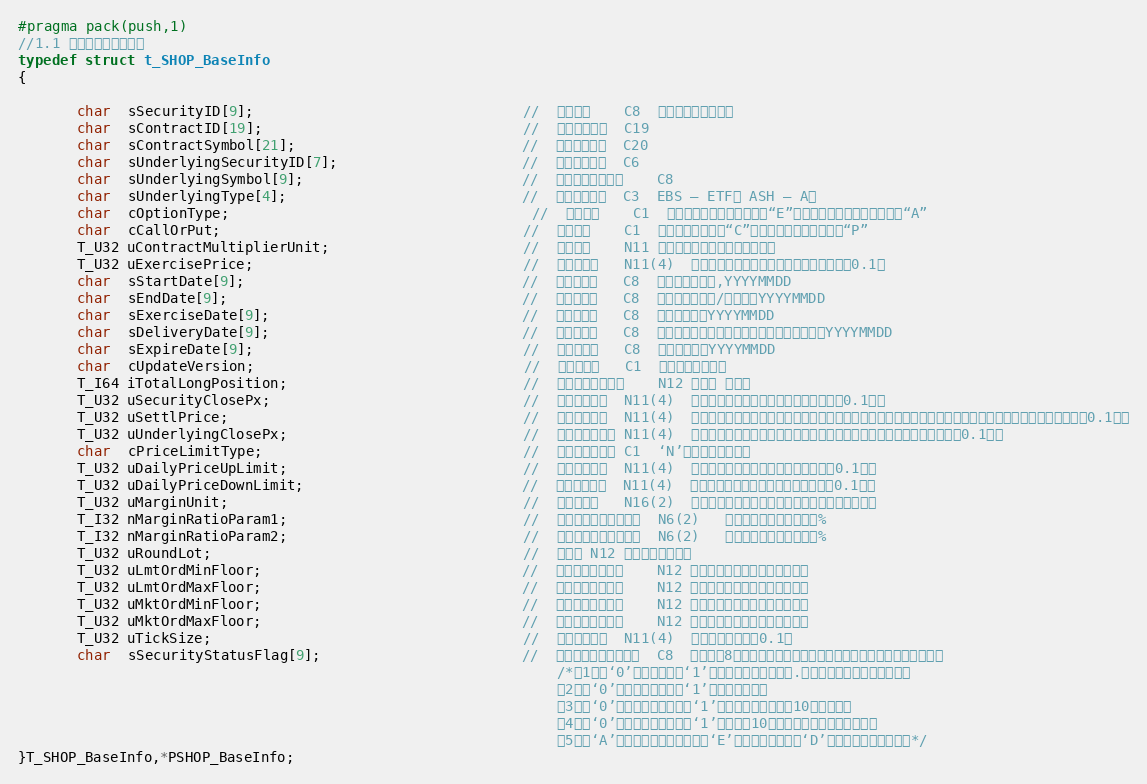
Language: C
#pragma pack(push,1)
//1.1 上交所期权基础信息
typedef struct t_SHOP_BaseInfo
{

	   char  sSecurityID[9];                                //	合约编码	C8	期权合约的合约编码
	   char  sContractID[19];                               //	合约交易代码	C19
	   char  sContractSymbol[21];                           //	期权合约简称	C20
	   char  sUnderlyingSecurityID[7];                      //	标的证券代码	C6
	   char  sUnderlyingSymbol[9];                          //	基础证券证券名称	C8
	   char  sUnderlyingType[4];                            //	标的证券类型	C3	EBS – ETF， ASH – A股
	   char  cOptionType;	                                //  欧式美式	C1	若为欧式期权，则本字段为“E”；若为美式期权，则本字段为“A”
	   char  cCallOrPut;                                    //	认购认沽	C1	认购，则本字段为“C”；若为认沽，则本字段为“P”
	   T_U32 uContractMultiplierUnit;                       //	合约单位	N11	经过除权除息调整后的合约单位
	   T_U32 uExercisePrice;	                            //  期权行权价	N11(4)	经过除权除息调整后的期权行权价，精确到0.1厘
	   char  sStartDate[9];                                 //	首个交易日	C8	期权首个交易日,YYYYMMDD
	   char  sEndDate[9];                                   //	最后交易日	C8	期权最后交易日/行权日，YYYYMMDD
	   char  sExerciseDate[9];                              //	期权行权日	C8	期权行权日，YYYYMMDD
	   char  sDeliveryDate[9];                              //	行权交割日	C8	行权交割日，默认为行权日的下一个交易日，YYYYMMDD
	   char  sExpireDate[9];	                            //  期权到期日	C8	期权到期日，YYYYMMDD
	   char  cUpdateVersion;	                            //  合约版本号	C1	期权合约的版本号
	   T_I64 iTotalLongPosition;                            //	当前合约未平仓数	N12	单位是 （张）
	   T_U32 uSecurityClosePx;                              //	合约前收盘价	N11(4)	昨日收盘价，右对齐，单位：元（精确到0.1厘）
	   T_U32 uSettlPrice;                                   //	合约前结算价	N11(4)	昨日结算价，如遇除权除息则为调整后的结算价（合约上市首日填写参考价），右对齐，单位：元（精确到0.1厘）
	   T_U32 uUnderlyingClosePx;                            //	标的证券前收盘	N11(4)	期权标的证券除权除息调整后的前收盘价格，右对齐，单位：元（精确到0.1厘）
	   char  cPriceLimitType;                               //	涨跌幅限制类型	C1	‘N’有涨跌幅限制类型
	   T_U32 uDailyPriceUpLimit;                            //	涨幅上限价格	N11(4)	当日期权涨停价格，单位：元（精确到0.1厘）
	   T_U32 uDailyPriceDownLimit;                          //	跌幅下限价格	N11(4)	当日期权跌停价格，单位：元（精确到0.1厘）
	   T_U32 uMarginUnit;                                   //	单位保证金	N16(2)	当日持有一张合约所需要的保证金数量，精确到分
	   T_I32 nMarginRatioParam1;                            //	保证金计算比例参数一	N6(2)	保证金计算参数，单位：%
	   T_I32 nMarginRatioParam2;                            //	保证金计算比例参数二	N6(2)	保证金计算参数，单位：%
	   T_U32 uRoundLot;                                     //	整手数	N12	一手对应的合约数
	   T_U32 uLmtOrdMinFloor;                               //	单笔限价申报下限	N12	单笔限价申报的申报张数下限。
	   T_U32 uLmtOrdMaxFloor;                               //	单笔限价申报上限	N12	单笔限价申报的申报张数上限。
	   T_U32 uMktOrdMinFloor;                               //	单笔市价申报下限	N12	单笔市价申报的申报张数下限。
	   T_U32 uMktOrdMaxFloor;                               //	单笔市价申报上限	N12	单笔市价申报的申报张数上限。
	   T_U32 uTickSize;                                     //  最小报价单位	N11(4)	单位：元，精确到0.1厘
	   char  sSecurityStatusFlag[9];                        //	期权合约状态信息标签	C8	该字段为8位字符串，左起每位表示特定的含义，无定义则填空格。
																/*第1位：‘0’表示可开仓，‘1’表示限制卖出开仓（不.包括备兑开仓）和买入开仓。
																第2位：‘0’表示未连续停牌，‘1’表示连续停牌。
																第3位：‘0’表示未临近到期日，‘1’表示距离到期日不足10个交易日。
																第4位：‘0’表示近期未做调整，‘1’表示最近10个交易日内合约发生过调整。
																第5位：‘A’表示当日新挂牌的合约，‘E’表示存续的合约，‘D’表示当日摘牌的合约。*/
}T_SHOP_BaseInfo,*PSHOP_BaseInfo;